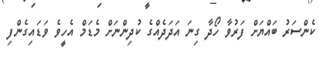
ކެންސަރު ބައްޔަށް ފަރުވާ ހޯދާ ގިނަ އަދަދެއްގެ ކުދިންނަށް މެޑަމް އެހީވެ ވަޑައިގެންފި